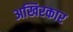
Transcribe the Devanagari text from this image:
अखिरकार